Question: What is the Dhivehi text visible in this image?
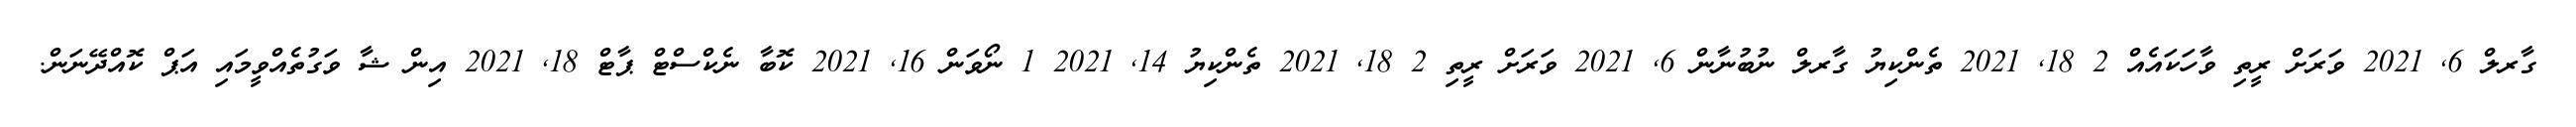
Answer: ގާރލް 6, 2021 ވަރަށް ރީތި ވާހަކައެއް 2 18, 2021 ތެންކިޔު ގާރލް ނުބުނާން 6, 2021 ވަރަށް ރީތި 2 18, 2021 ތެންކިޔު 14, 2021 1 ނޯވަން 16, 2021 ކޮބާ ނެކްސްޓް ޕާޓް 18, 2021 އިން ޝާ ވަގުތެއްވީމައި އަޕް ކޮއްދޭނަން.